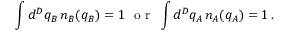
\int d ^ { D } q _ { B } \, n _ { B } ( q _ { B } ) = 1 \, \, \mathrm { ~ o ~ r ~ } \, \, \int d ^ { D } q _ { A } \, n _ { A } ( q _ { A } ) = 1 \, .